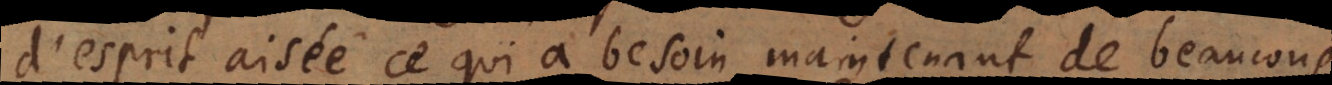
d’esprit aisée ce qui a besoin maintenant de beaucoup